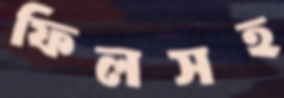
ফিলসহ